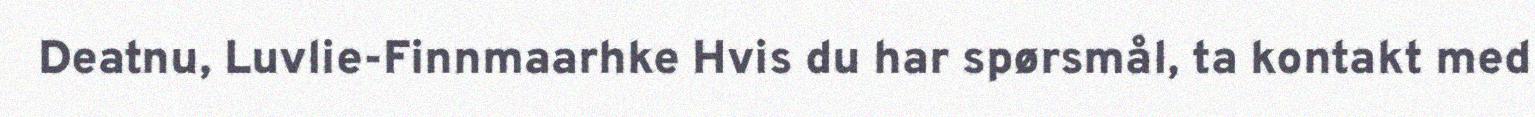
Deatnu, Luvlie-Finnmaarhke Hvis du har spørsmål, ta kontakt med